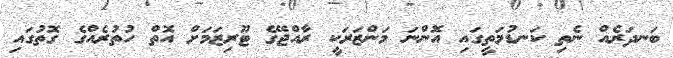
ބަނދަރެއް ނެތި ކަނޑުމަތީގައި އޮންނަ މަންޒަރަކީ ރާއްޖޭގެ ޓޫރިޒަމަށް އޮތް ހުތުރެއްގެ ގޮތުގައި